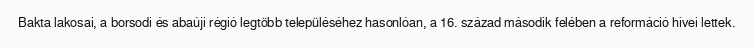
Bakta lakosai, a borsodi és abaúji régió legtöbb településéhez hasonlóan, a 16. század második felében a reformáció hívei lettek.